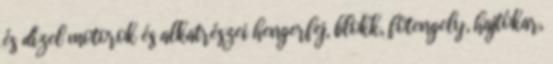
és dízel motorok és alkatrészei hengerfej, blokk, fõtengely, hajtókar,